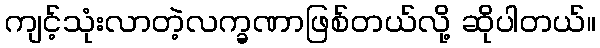
ကျင့်သုံးလာတဲ့လက္ခဏာဖြစ်တယ်လို့ ဆိုပါတယ်။